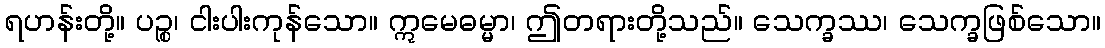
ရဟန်းတို့။ ပဉ္စ၊ ငါးပါးကုန်သော။ ဣမေဓမ္မာ၊ ဤတရားတို့သည်။ သေက္ခဿ၊ သေက္ခဖြစ်သော။